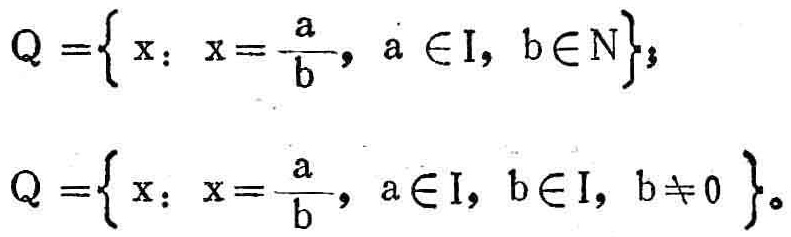
\[
Q = \{ x: x=\frac{a}{b}, a\in I, b\in N \};
\]
\[
Q = \{ x: x=\frac{a}{b}, a\in I, b\in I, b\neq 0 \}。
\]